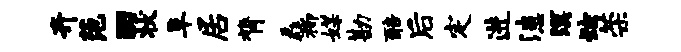
卉范田状阜居膂毳柳媒勘醅后定进漶溟炫荣